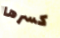
كسرها